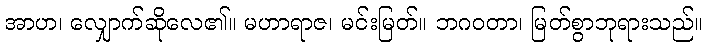
အာဟ၊ လျှောက်ဆိုလေ၏။ မဟာရာဇ၊ မင်းမြတ်။ ဘဂဝတာ၊ မြတ်စွာဘုရားသည်။